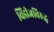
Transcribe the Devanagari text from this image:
विंडीजविरुद्ध